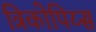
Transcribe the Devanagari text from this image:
त्रिकोपिय्स